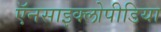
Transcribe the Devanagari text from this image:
ऍनसाइक्लोपीडिया